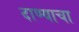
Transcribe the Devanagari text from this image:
दाण्याचा